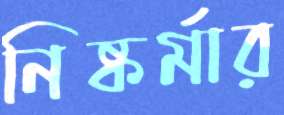
নিষ্কর্মার